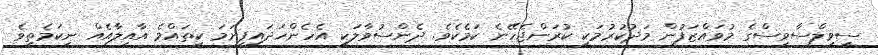
ސިވިލްސާވިސްގެ މުވައްޒަފުން މަދުކުރުމަކީ ކުރަންޖެހޭނެ ކަމެކެވެ. ދެންސުވާލަކީ އެހެންހަދައިފިނަމަ ކިތައްމެ އާއިލާއެއް ނިކަމެތިވެ